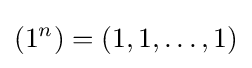
(1^{n})=(1,1,\dots ,1)